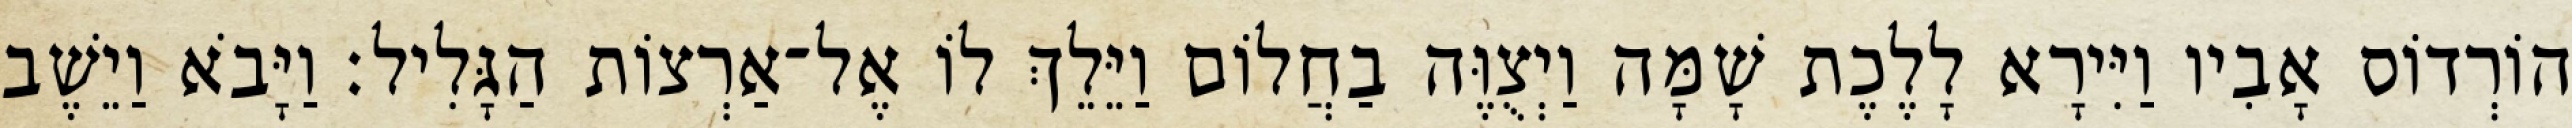
הוֹרְדוֹס אָבִיו וַיִּירָא לָלֶכֶת שָׁמָּה וַיְצֻוֶּה בַחֲלוֹם וַיֵּלֵךְ לוֹ אֶל־אַרְצוֹת הַגָּלִיל׃ וַיָּבֹא וַיֵשֶׁב